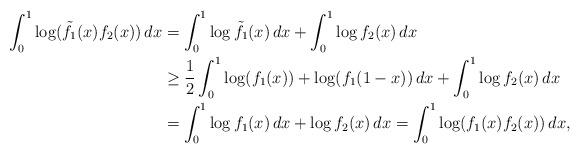
LaTeX: \begin{align*} \int_0^1 \log(\tilde f_1(x)f_2(x))\,dx &= \int_0^1 \log\tilde f_1(x)\,dx+\int_0^1 \log f_2(x)\,dx \\ &\geq \frac{1}{2}\int_0^1 \log(f_1(x)) + \log(f_1(1-x))\,dx + \int_0^1 \log f_2(x)\,dx\\ &= \int_0^1 \log f_1(x)\,dx + \log f_2(x)\,dx = \int_0^1 \log(f_1(x)f_2(x))\,dx, \end{align*}